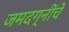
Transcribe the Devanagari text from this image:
जमदग्नींचे